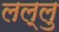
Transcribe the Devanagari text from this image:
लल्लु